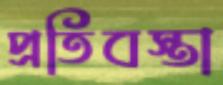
প্রতিবস্তা